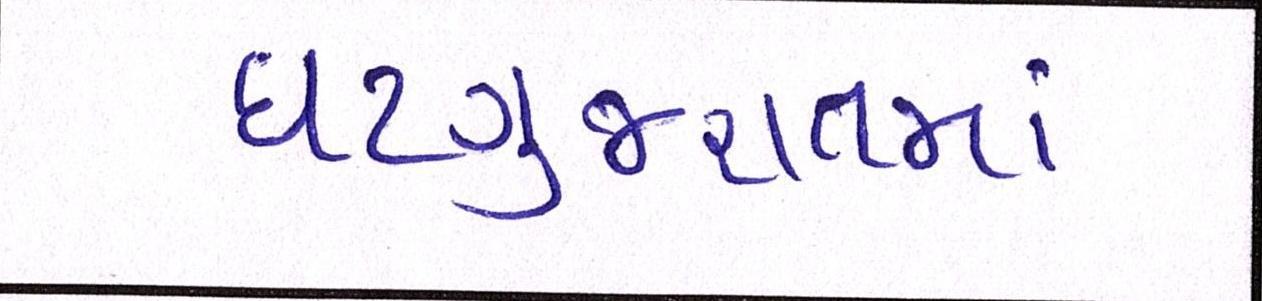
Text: ઘટગુજરાતમાં